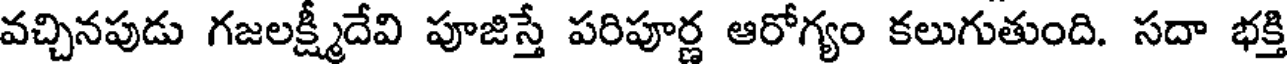
వచ్చినపుడు గజలక్ష్మీదేవి పూజిస్తే పరిపూర్ణ ఆరోగ్యం కలుగుతుంది. సదా భక్తి